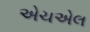
એચએલ